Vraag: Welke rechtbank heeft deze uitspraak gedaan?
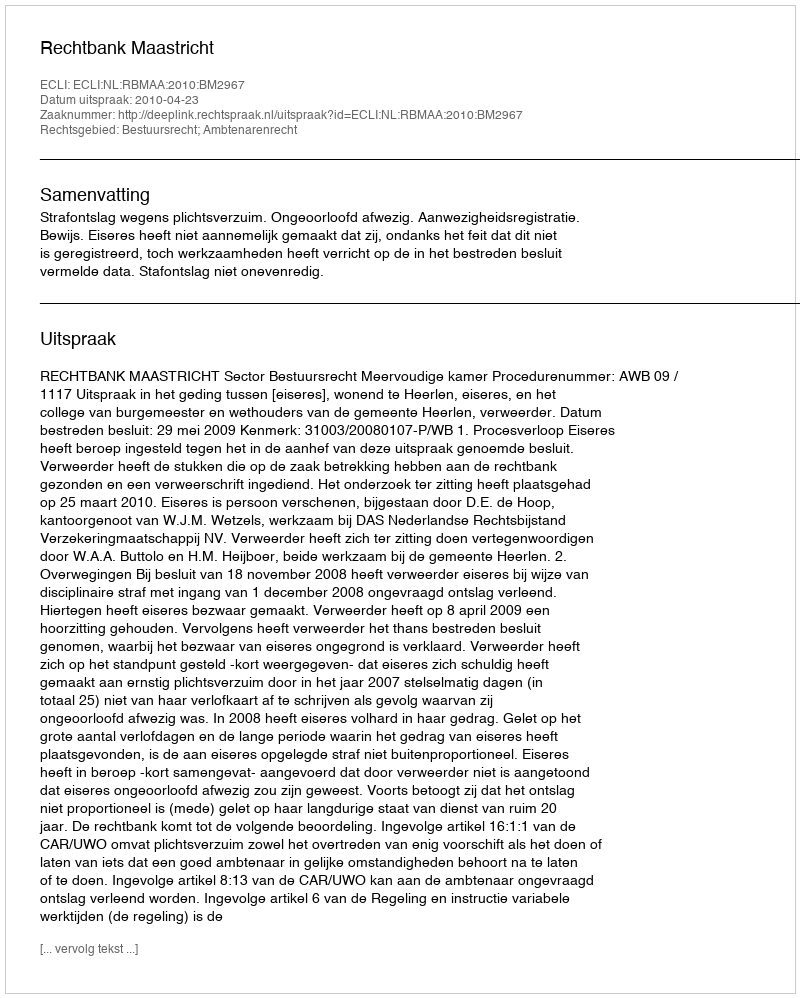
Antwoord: Rechtbank Maastricht